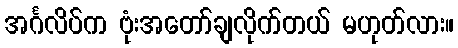
အင်္ဂလိပ်က ဗုံးအတော်ချလိုက်တယ် မဟုတ်လား။